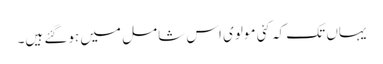
یہاں تک کہ کئی مولوی اس شامل میں ہوگئے ہیں۔